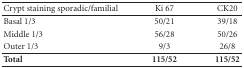
<table><thead><tr><td><b>Crypt staining sporadic/familial</b></td><td><b>Ki 67</b></td><td><b>CK20</b></td></tr></thead><tbody><tr><td>Basal 1/3</td><td>50/21</td><td>39/18</td></tr><tr><td>Middle 1/3</td><td>56/28</td><td>50/26</td></tr><tr><td>Outer 1/3</td><td>9/3</td><td>26/8</td></tr><tr><td><b>Total</b></td><td><b>115/52</b></td><td><b>115/52</b></td></tr></tbody></table>